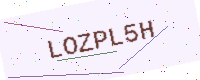
Text: LOZPL5H